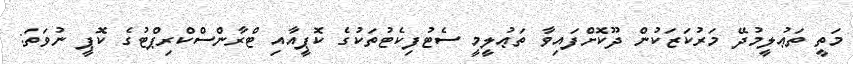
މަތީ ތަޢުލީމުދޭ މަރުކަޒަކުން ދޫކޮށްފައިވާ ތަޢުލީމީ ސެޓުފިކެޓުތަކުގެ ކޮޕީއާއި ޓްރާންސްކްރިޕްޓުގެ ކޮޕީ ނުވަތަ: